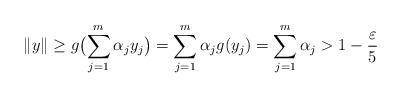
LaTeX: \begin{align*}\|y\|\geq g\bigl(\sum_{j=1}^m \alpha_j y_j\bigr)=\sum_{j=1}^m \alpha_j g(y_j)=\sum_{j=1}^m \alpha_j> 1-\frac{\varepsilon}{5}\end{align*}